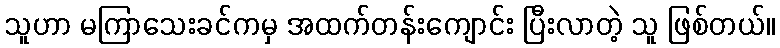
သူဟာ မကြာသေးခင်ကမှ အထက်တန်းကျောင်း ပြီးလာတဲ့ သူ ဖြစ်တယ်။